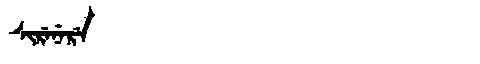
Manchu: ᠰᡳᡵᡝᠨᡝᡵᡝ
Romanization: SIRENERE